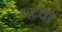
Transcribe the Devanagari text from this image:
५८वा